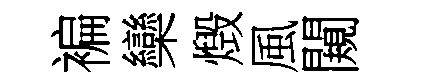
褊欒燬風闚